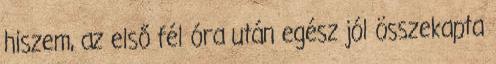
hiszem, az első fél óra után egész jól összekapta